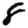
Digit: 8